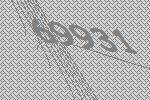
69931